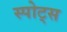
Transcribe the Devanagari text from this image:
स्‍पोट्स